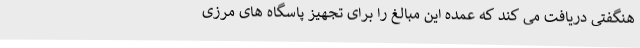
هنگفتی دریافت می کند که عمده این مبالغ را برای تجهیز پاسگاه های مرزی